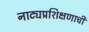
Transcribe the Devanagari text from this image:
नाट्यप्रशिक्षणाची